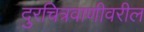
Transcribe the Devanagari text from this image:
दुरचित्रवाणीवरील